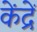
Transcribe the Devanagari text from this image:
केंद्रें